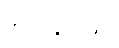
အရာများဖြင့်